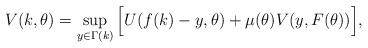
LaTeX: \begin{align*}V(k,\theta)=\sup_{y \in \Gamma(k)} \Big[ U(f(k)-y,\theta)+\mu(\theta)V(y,F(\theta))\Big],\end{align*}